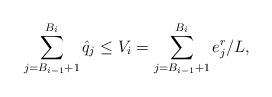
LaTeX: \begin{align*}\sum\limits_{j=B_{i-1}+1}^{B_{i}} {\hat{q}}_j \leq V_i = \sum\limits_{j=B_{i-1}+1}^{B_{i}} e^{r}_{j}/L,\end{align*}